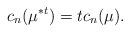
LaTeX: \begin{align*}c_{n}(\mu ^{*t})=tc_{n}(\mu ). \end{align*}